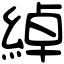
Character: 綽